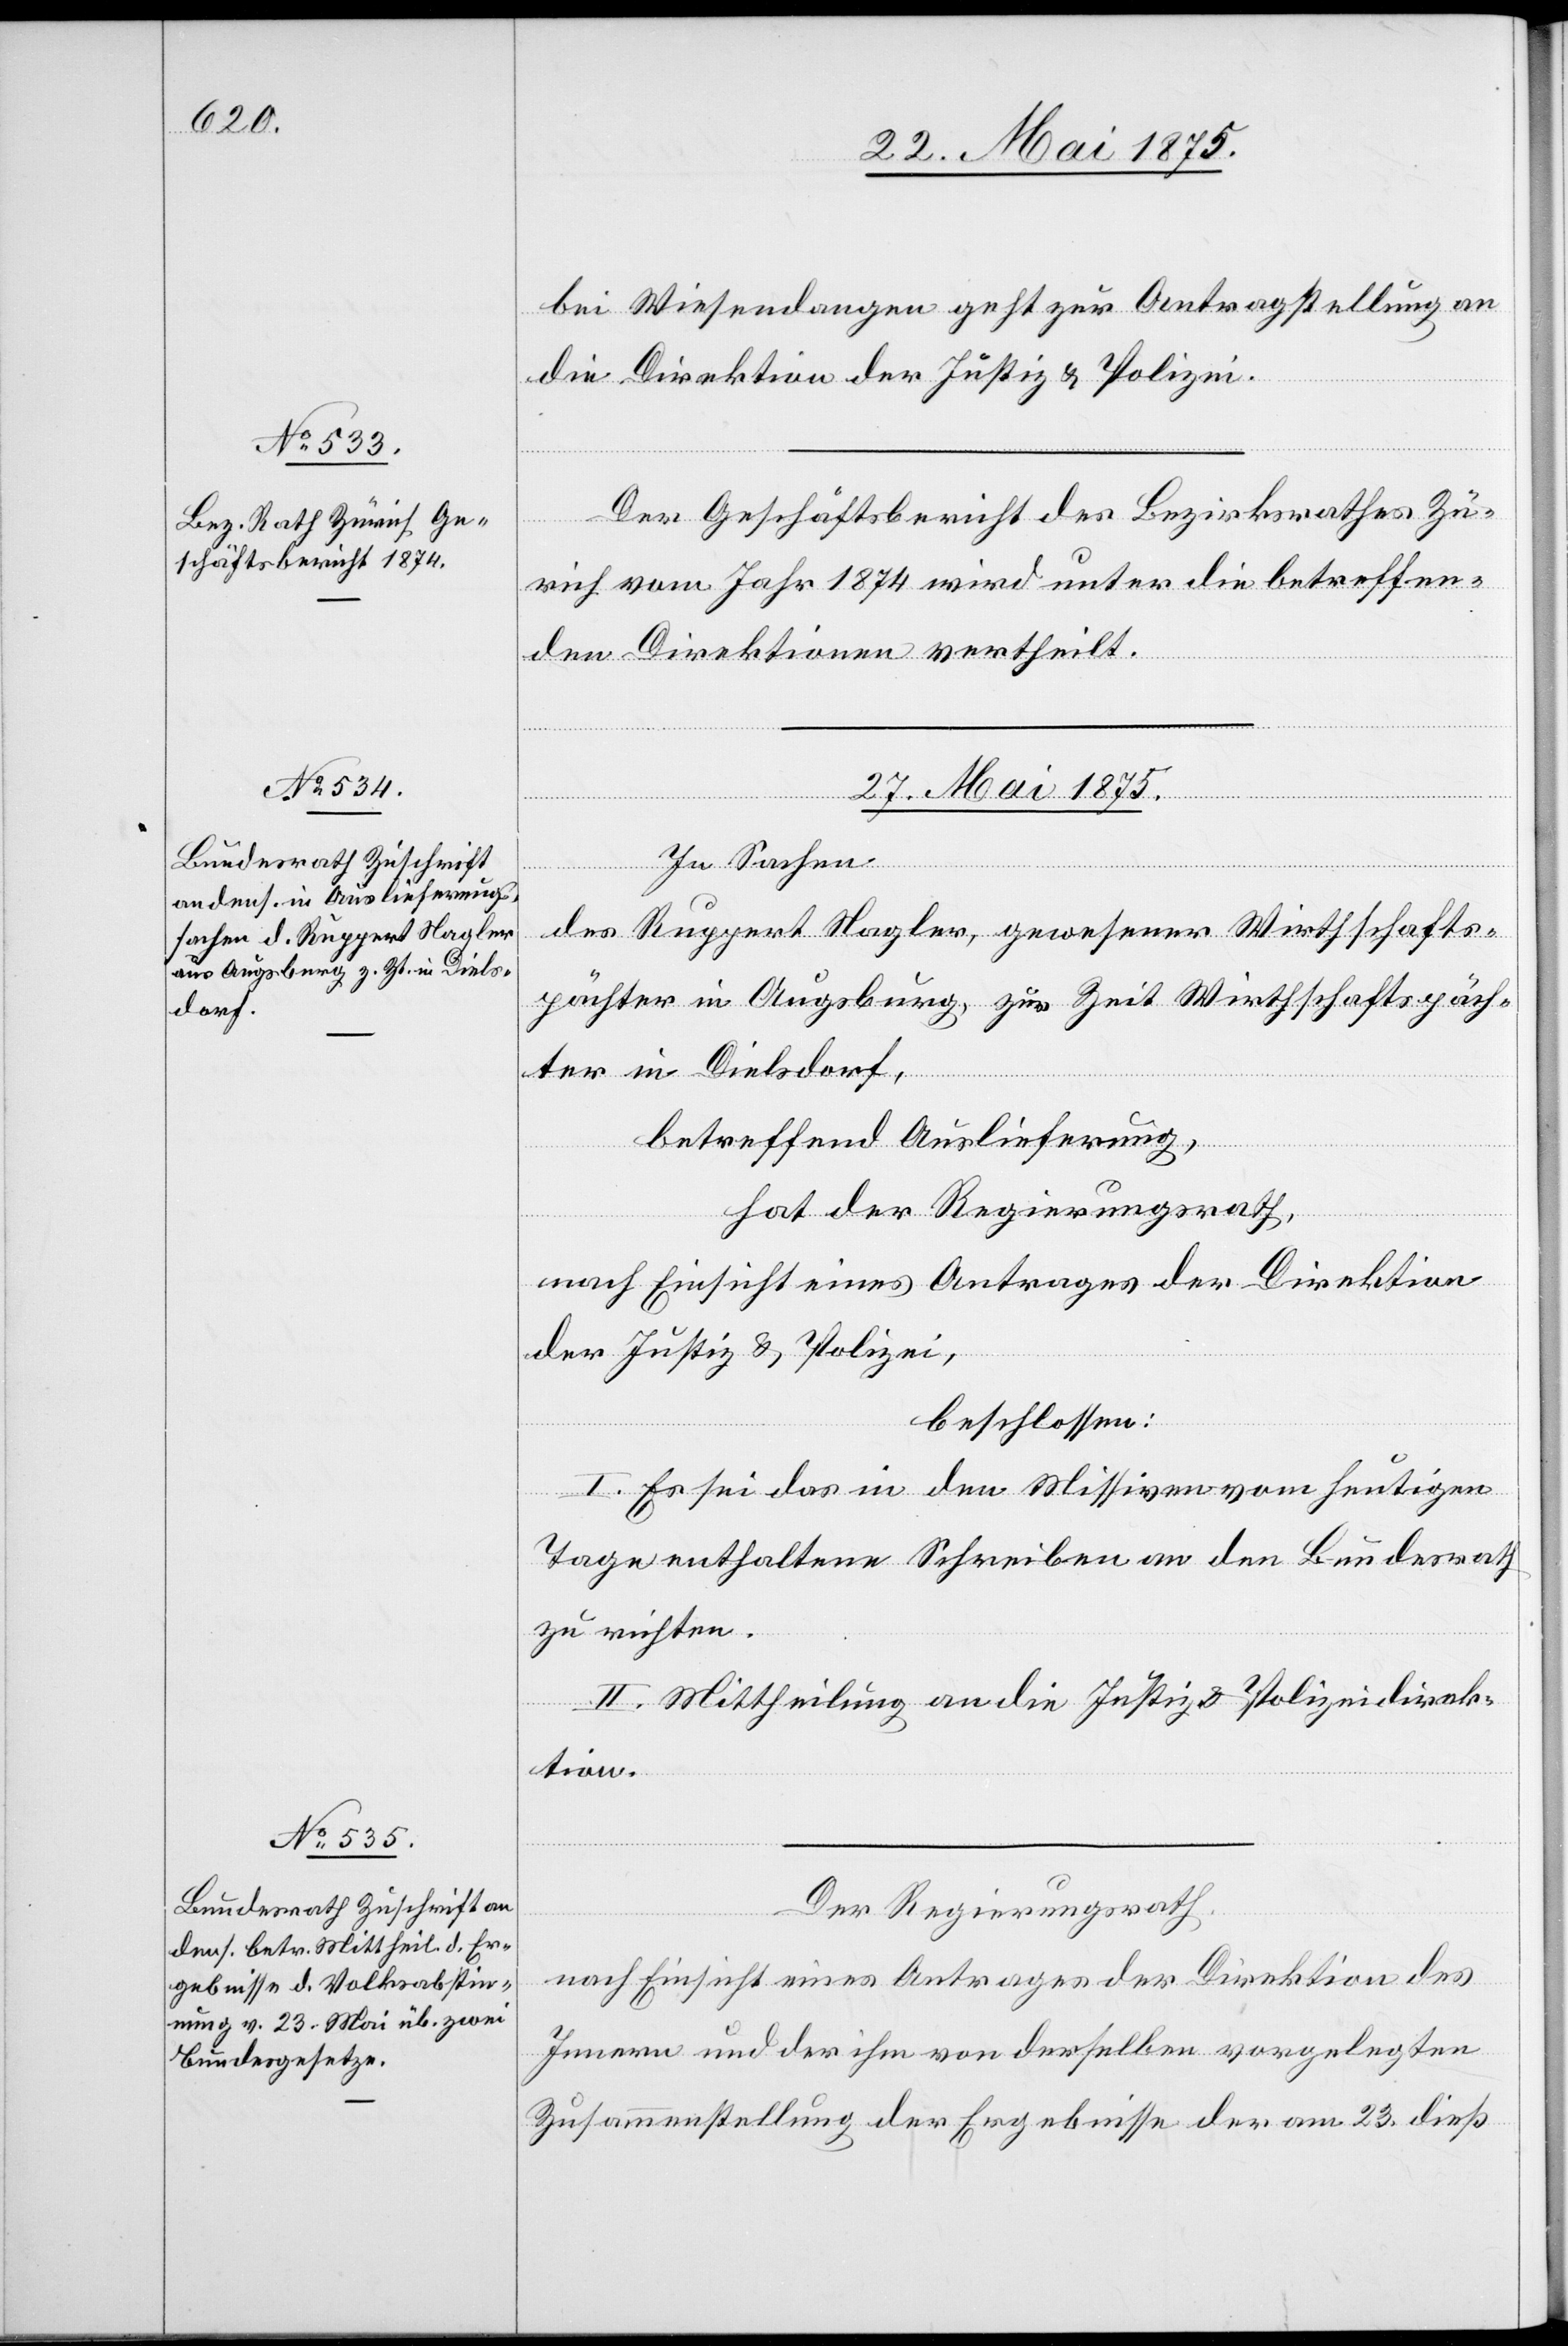
26. Mai 1875.]
bei Wiesendangen geht zur Antragstellung an
die Direktion der Justiz & Polizei.
Der Geschäftsbericht des Bezirksrathes Zü¬
rich vom Jahr 1874 wird unter die betreffen¬
den Direktionen vertheilt.
27. Mai 1875.]
In Sachen
des Ruppert Nagler, gewesener Wirthschafts¬
pächter in Augsburg, zur Zeit Wirthschaftspäch¬
ter in Dielsdorf,
betreffend Auslieferung,
hat der Regierungsrath,
nach Einsicht eines Antrages der Direktion
der Justiz & Polizei,
beschlossen:
I. Es sei das in den Missiven vom heutigen
Tage enthaltene Schreiben an den Bundesrath
zu richten.
II. Mittheilung an die Justiz- & Polizeidirek¬
tion.
Der Regierungsrath,
nach Einsicht eines Antrages der Direktion des
Innern und der ihm von denselben vorgelegten
Zusammenstellung der Ergebnisse der am 23. dieß